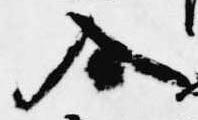
入